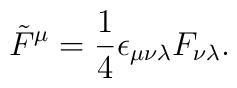
\tilde F^\mu={1\over 4}\epsilon_{\mu\nu\lambda}F_{\nu\lambda}.